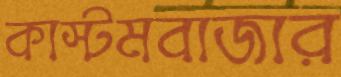
কাস্টমবাজার